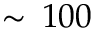
\sim \, 1 0 0